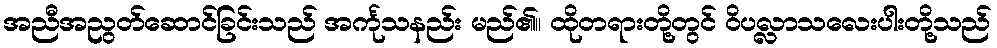
အညီအညွတ်ဆောင်ခြင်းသည် အင်္ကုသနည်း မည်၏။ ထိုတရားတို့တွင် ဝိပလ္လာသလေးပါးတို့သည်